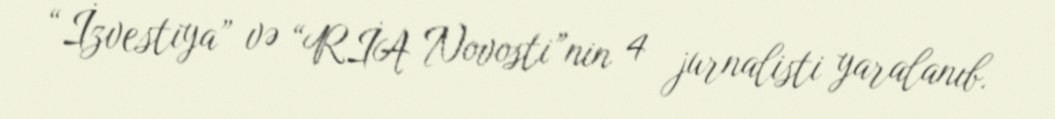
“İzvestiya” və “RİA Novosti”nin 4 jurnalisti yaralanıb.